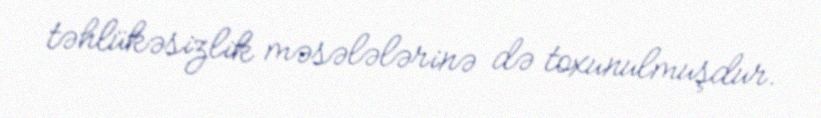
təhlükəsizlik məsələlərinə də toxunulmuşdur.